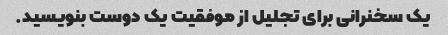
یک سخنرانی برای تجلیل از موفقیت یک دوست بنویسید.